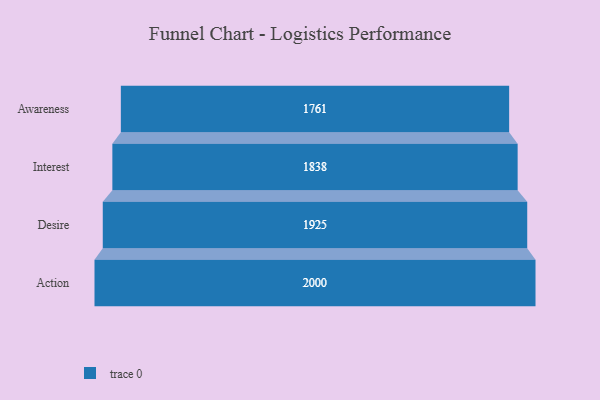
{"axis": {"x": "Stage", "y": "Value"}, "legend": [""], "data": [{"x": "Awareness", "y": 1761.0, "type": ""}, {"x": "Interest", "y": 1838.0, "type": ""}, {"x": "Desire", "y": 1925.0, "type": ""}, {"x": "Action", "y": 2000, "type": ""}]}